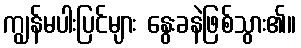
ကျွန်မပါးပြင်များ နွေးခနဲဖြစ်သွား၏။